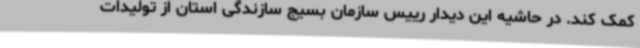
کمک کند. در حاشیه این دیدار رییس سازمان بسیج سازندگی استان از تولیدات